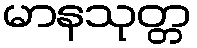
မာနသုတ္တ